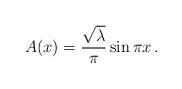
LaTeX: \begin{align*}A(x) = {\sqrt\lambda\over\pi}\sin\pi x\, .\end{align*}